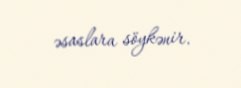
əsaslara söykənir.